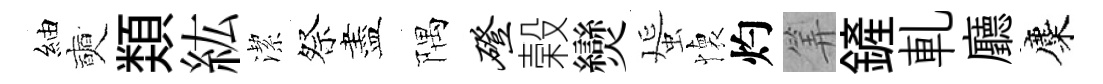
紬奭𩔖紘潔祭盡隅磴榖𤓖蜑懐灼筭鏟軋廳麋